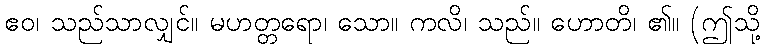
ဧဝ၊ သည်သာလျှင်။ မဟတ္တရော၊ သော။ ကလိ၊ သည်။ ဟောတိ၊ ၏။ (ဤသို့